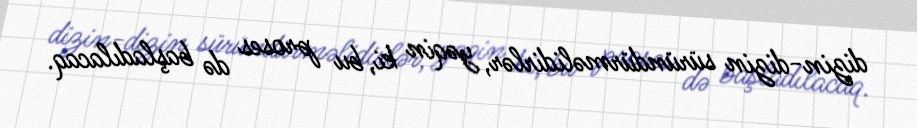
dizin-dizin süründürməlidirlər, yəqin ki, bu proses də başladılacaq.